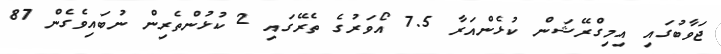
ޖަވާބުގައި އިމިގްރޭޝަން ކުޅެންއަރާ 7.5 އޯވަރުގެ ތެރޭގައި 2 ކުޅުންތެރިން ނުބައިވެގެން 87